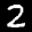
Label: 2